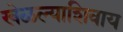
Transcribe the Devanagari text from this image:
खेळल्याशिवाय